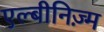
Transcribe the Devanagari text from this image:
एल्बीनिज़्म